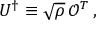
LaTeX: U ^ { \dagger } \equiv \sqrt { \rho } \, \mathcal { O } ^ { T } \, ,